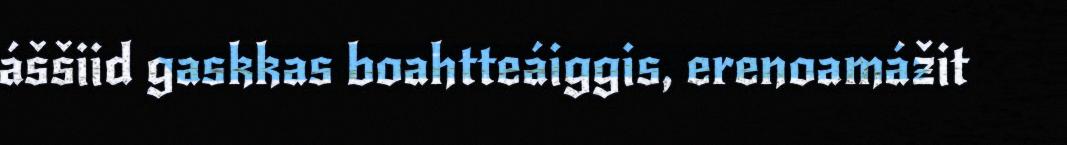
áššiid gaskkas boahtteáiggis, erenoamážit